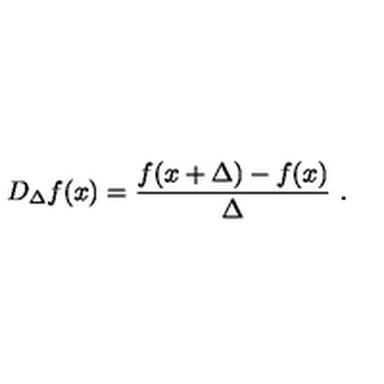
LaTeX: D _ { \Delta } f ( x ) = \frac { f ( x + \Delta ) - f ( x ) } { \Delta } \ .